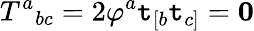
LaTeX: T^{a}{}_{bc}=2\varphi^{a}\mathtt{t}_{[b}\mathtt{t}_{c]}=\mathbf{{0}}